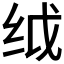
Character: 𬘙